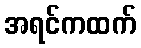
အရင်ကထက်